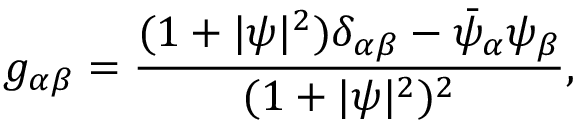
g _ { \alpha \beta } = \frac { ( 1 + \vert \psi \vert ^ { 2 } ) \delta _ { \alpha \beta } - \bar { \psi } _ { \alpha } \psi _ { \beta } } { ( 1 + \vert \psi \vert ^ { 2 } ) ^ { 2 } } ,